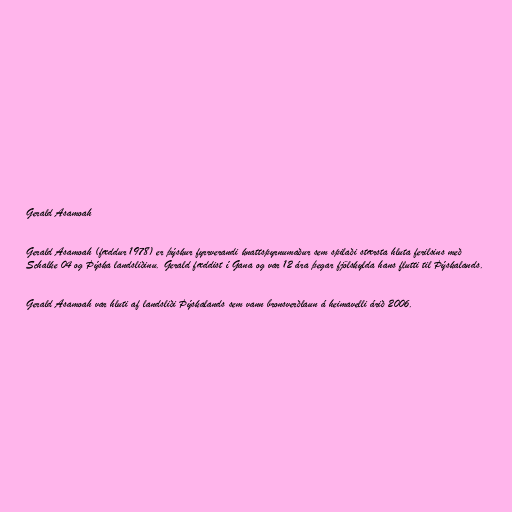
Gerald Asamoah

Gerald Asamoah (fæddur 1978) er þýskur fyrrverandi knattspyrnumaður sem spilaði stærsta hluta ferilsins með
Schalke 04 og Þýska landsliðinu. Gerald fæddist í Gana og var 12 ára þegar fjölskylda hans flutti til Þýskalands.

Gerald Asamoah var hluti af landsliði Þýskalands sem vann bronsverðlaun á heimavelli árið 2006.